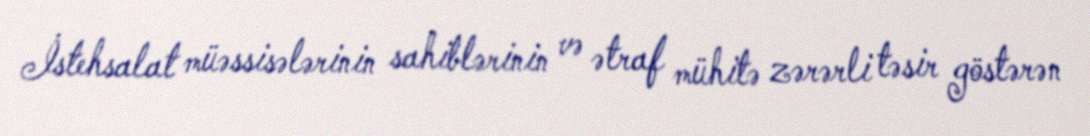
İstehsalat müəssisələrinin sahiblərinin və ətraf mühitə zərərli təsir göstərən